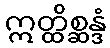
ဣတ္ထိစ္ဆန္ဒံ